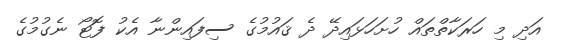
އަދި މި ހަރަކާތްތައް ހުށަހަޅައިދޭ ދެ ޤައުމުގެ ސިފައިންނާ އެކު ފޮޓޯ ނެގުމުގެ